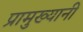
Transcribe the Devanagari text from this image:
प्रामुख्यानी